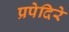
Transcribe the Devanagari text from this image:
प्रपेदिरे